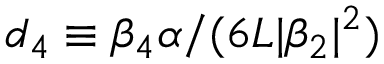
d _ { 4 } \equiv \beta _ { 4 } \alpha / ( 6 L | \beta _ { 2 } | ^ { 2 } )